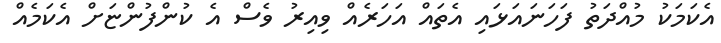
އެކަމަކު މުއްދަތު ފަހަނައަޅައި އެތައް އަހަރެއް ވިއިރު ވެސް އެ ކުންފުންޏަށް އެކަމެއް